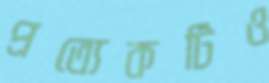
প্রত্যেকটিও